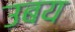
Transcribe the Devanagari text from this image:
उबय